Insane asylums in Bengal annual reports 1867-1875 - 1867-1875
Year: 1867
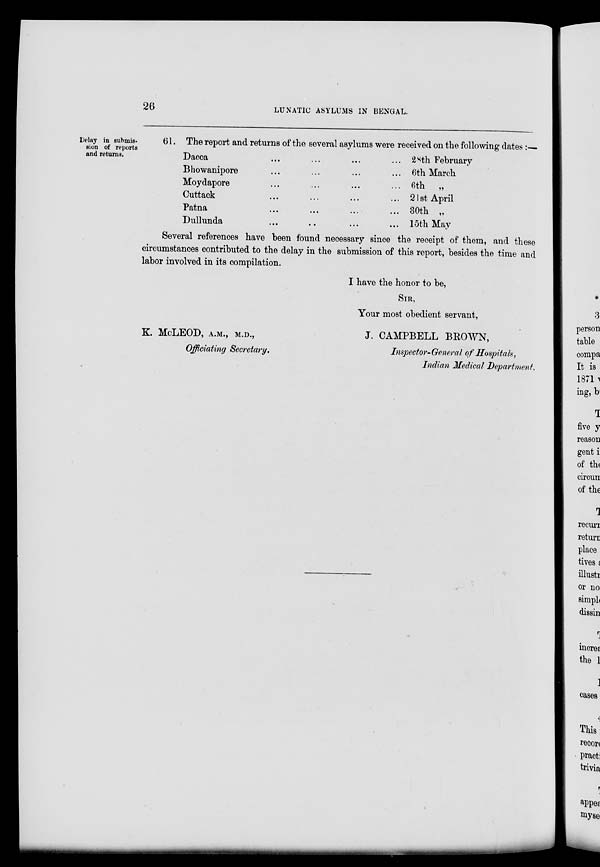
26
LUNATIC ASYLUMS IN BENGAL.
Delay in submis-
sion of reports
and returns.
61. The report and returns of the several asylums were received on the following dates :—
Dacca ... ... ... ...
Bhowanipore ... ... ... ...
Moydapore ... ... ... ...
Cuttack ... ... ... ...
Patna ... ... ... ...
Dullunda ... ... ... ...
28th February
6th March
6th „
21st April
30th „
15th May
Several references have been found necessary since the receipt of them, and these
circumstances contributed to the delay in the submission of this report, besides the time and
labor involved in its compilation.
K. McLEOD, A.M., M.D.,
Officiating Secretary.
I have the honor to be,
SIR,
Your most obedient servant,
J. CAMPBELL BROWN,
Inspector-General of Hospitals,
Indian Medical Department.